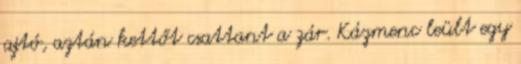
ajtó, aztán kettőt csattant a zár. Kázmenc leült egy